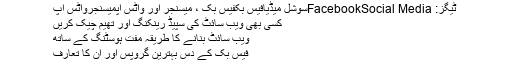
ٹیگز: FacebookSocial Mediaسوشل میڈیافیس بکفیس بک ، میسنجر اور واٹس اپمیسنجرواٹس اپ
کسی بھی ویب سائٹ کی سپیڈ رینکنگ اور تھیم چیک کریں
ویب سائٹ بنانے کا طریقہ مفت ہوسٹنگ کے ساتھ
فیس بک کے دس بہترین گروپس اور ان کا تعارف